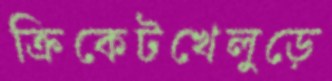
ক্রিকেটখেলুড়ে